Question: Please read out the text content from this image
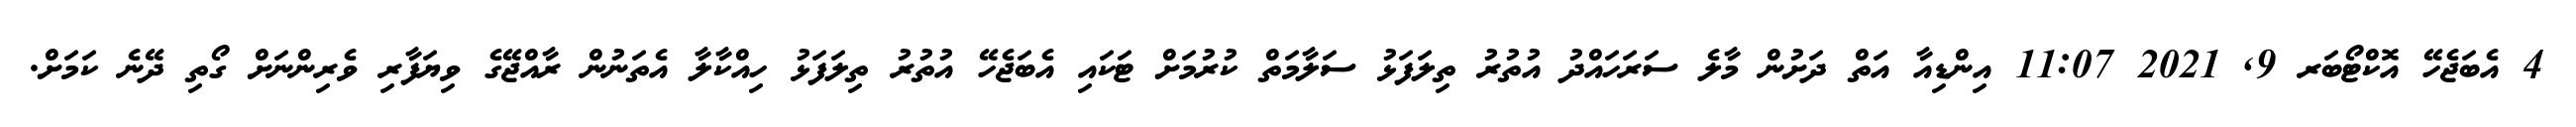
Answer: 4 އެބަޖެހޭ އޮކްޓޯބަރ 9, 2021 11:07 އިންޑިއާ އަތް ދަށުން މާލެ ސަރަހައްދު އުތުރު ތިލަފަޅު ސަލާމަތް ކުރުމަށް ޓަކައި އެބަޖެހޭ އުތުރު ތިލަފަޅު ހިއްކާލާ އެތަނުން ރާއްޖޭގެ ވިޔަފާރި ވެރިންނަށް ގޯތި ދޭނެ ކަމަށް.